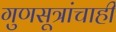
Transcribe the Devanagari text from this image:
गुणसूत्रांचाही